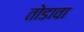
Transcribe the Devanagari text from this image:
तोडावा